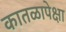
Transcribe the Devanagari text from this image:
कातळापेक्षा